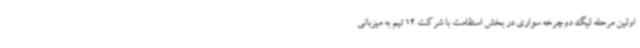
اولین مرحله لیگ دوچرخه سواری در بخش استقامت با شرکت 12 تیم به میزبانی